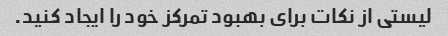
لیستی از نکات برای بهبود تمرکز خود را ایجاد کنید.